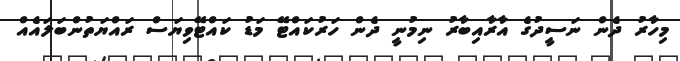
މިހާރު ދެން ނަސީދުގެ އާރާއިބާރު ނިމުނީ ދެން ހަރުކައްޓޭ މަޑު ކައްޓޭވިޔަސް ރައްޔަތުންބަލައެއް